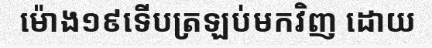
ម៉ោង១៩ទើបត្រឡប់មកវិញ ដោយ